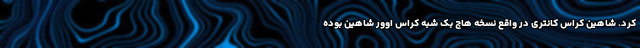
کرد. شاهین کراس کانتری در واقع نسخه هاچ بک شبه کراس اوور شاهین بوده